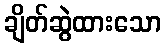
ချိတ်ဆွဲထားသော